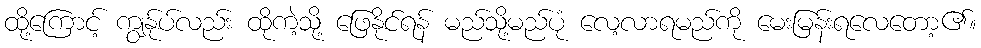
ထို့ကြောင့် ကျွန်ုပ်လည်း ထိုကဲ့သို့ ဖြေနိုင်ရန် မည်သို့မည်ပုံ လေ့လာရမည်ကို မေးမြန်းရလေတော့၏။